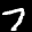
Label: 7